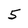
Character: 5